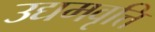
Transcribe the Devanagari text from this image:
उद्यमवृत्ति